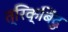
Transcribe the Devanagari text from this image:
त्रिक्‌बिंदु